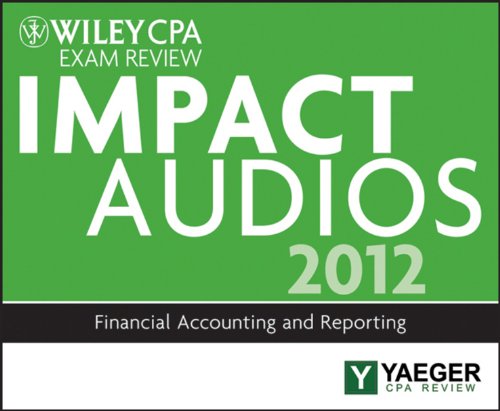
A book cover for Wiley CPA Exam Review 2012 Impact Audios: Financial Accounting and Reporting; P. Yaeger; Test Preparation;